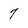
Character: 7